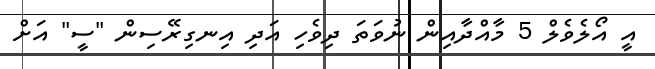
އީ އޯލެވެލް 5 މާއްދާއިން ނުވަތަ ދިވެހި އަދި އިނގިރޭސިން "ސީ" އަށް